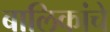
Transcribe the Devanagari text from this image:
बालिकांचे